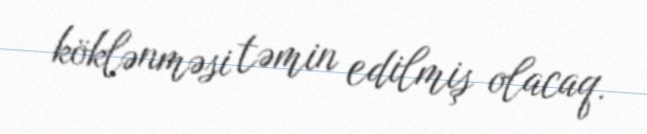
köklənməsi təmin edilmiş olacaq.